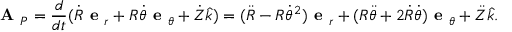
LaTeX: { \textbf { A } } _ { P } = { \frac { d } { d t } } ( { \dot { R } } { \textbf { e } } _ { r } + R { \dot { \theta } } { \textbf { e } } _ { \theta } + { \dot { Z } } { \hat { k } } ) = ( { \ddot { R } } - R { \dot { \theta } } ^ { 2 } ) { \textbf { e } } _ { r } + ( R { \ddot { \theta } } + 2 { \dot { R } } { \dot { \theta } } ) { \textbf { e } } _ { \theta } + { \ddot { Z } } { \hat { k } } .